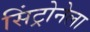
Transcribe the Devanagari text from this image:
सिंट्रोनेला